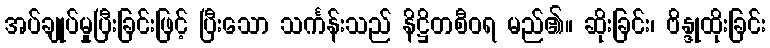
အပ်ချုပ်မှုပြီးခြင်းဖြင့် ပြီးသော သင်္ကန်းသည် နိဋ္ဌိတစီဝရ မည်၏။ ဆိုးခြင်း၊ ဗိန္ဒုထိုးခြင်း